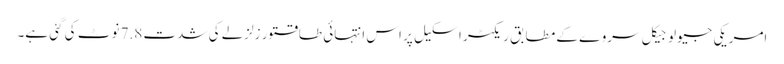
امریکی جیولوجیکل سروے کے مطابق ریکٹر اسکیل پر اس انتہائی طاقتور زلزلے کی شدت 7.8 نوٹ کی گئی ہے۔